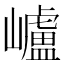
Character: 㠠